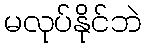
မလုပ်နိုင်ဘဲ